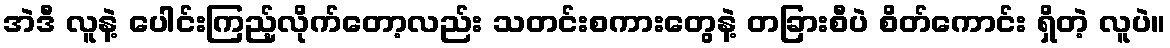
အဲဒီ လူနဲ့ ပေါင်းကြည့်လိုက်တော့လည်း သတင်းစကားတွေနဲ့ တခြားစီပဲ စိတ်ကောင်း ရှိတဲ့ လူပဲ။